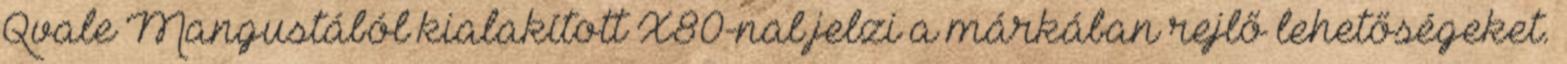
Qvale Mangustából kialakított X80-nal jelzi a márkában rejlő lehetőségeket.